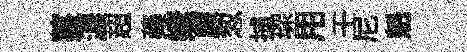
薹濃超蘃婕亷怱捕琛用壬尼魁